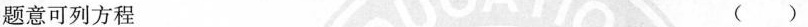
题意可列方程 ()